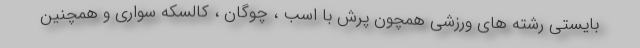
بایستی رشته های ورزشی همچون پرش با اسب ، چوگان ، کالسکه سواری و همچنین